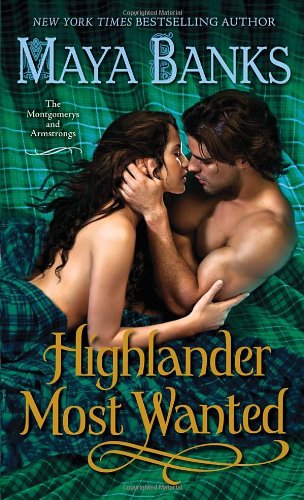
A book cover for Highlander Most Wanted: The Montgomerys and Armstrongs; Maya Banks; Romance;